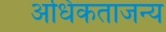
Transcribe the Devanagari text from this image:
अधिकताजन्य